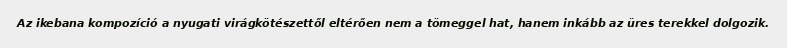
Az ikebana kompozíció a nyugati virágkötészettől eltérően nem a tömeggel hat, hanem inkább az üres terekkel dolgozik.